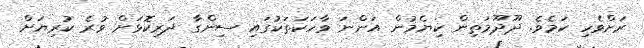
ރަށްވެހި ކަމެވެ. ދޫދޫމަތިން ކިޔެމުން އަންނަ ވާހަކަތަކުގައި ސިންގާ ދަރިކޮޅަށް ވުރެ ކުރިޔަށް